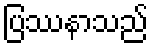
ပြဿနာသည်